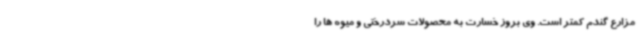
مزارع گندم کمتر است. وی بروز خسارت به محصولات سردرختی و میوه ها را